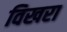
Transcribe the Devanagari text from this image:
विखरा